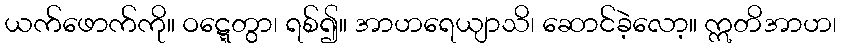
ယက်ဖောက်ကို။ ဝဋ္ဋေတွာ၊ ရစ်၍။ အာဟရေယျာသိ၊ ဆောင်ခဲ့လော့။ ဣတိအာဟ၊